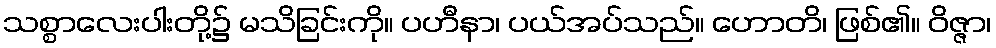
သစ္စာလေးပါးတို့၌ မသိခြင်းကို။ ပဟီနာ၊ ပယ်အပ်သည်။ ဟောတိ၊ ဖြစ်၏။ ဝိဇ္ဇာ၊